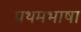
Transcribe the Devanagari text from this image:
प्रथमभाषा